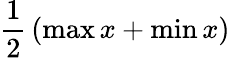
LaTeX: {\frac{1}{2}}\left(\operatorname*{max}x+\operatorname*{min}x\right)